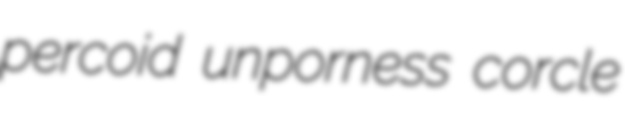
percoid unporness corcle